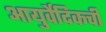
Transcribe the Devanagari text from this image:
आयुर्वेदिकची